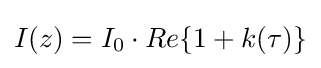
I(z)=I_{0}\cdot Re\{1+k(\tau )\}